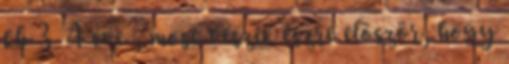
kb 3 4 éve , most veszik észre elöször, hogy